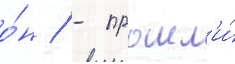
о́н / - прошл'и́